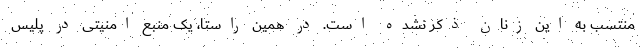
منتسب به این زنان ذکر نشده است. در همین راستا، یک منبع امنیتی در پلیس